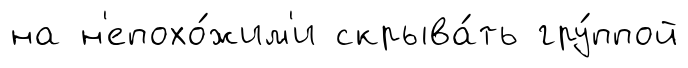
на н'епохо́жим'и скрыва́ть гру́ппой